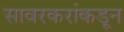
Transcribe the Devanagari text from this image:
सावरकरांकडून